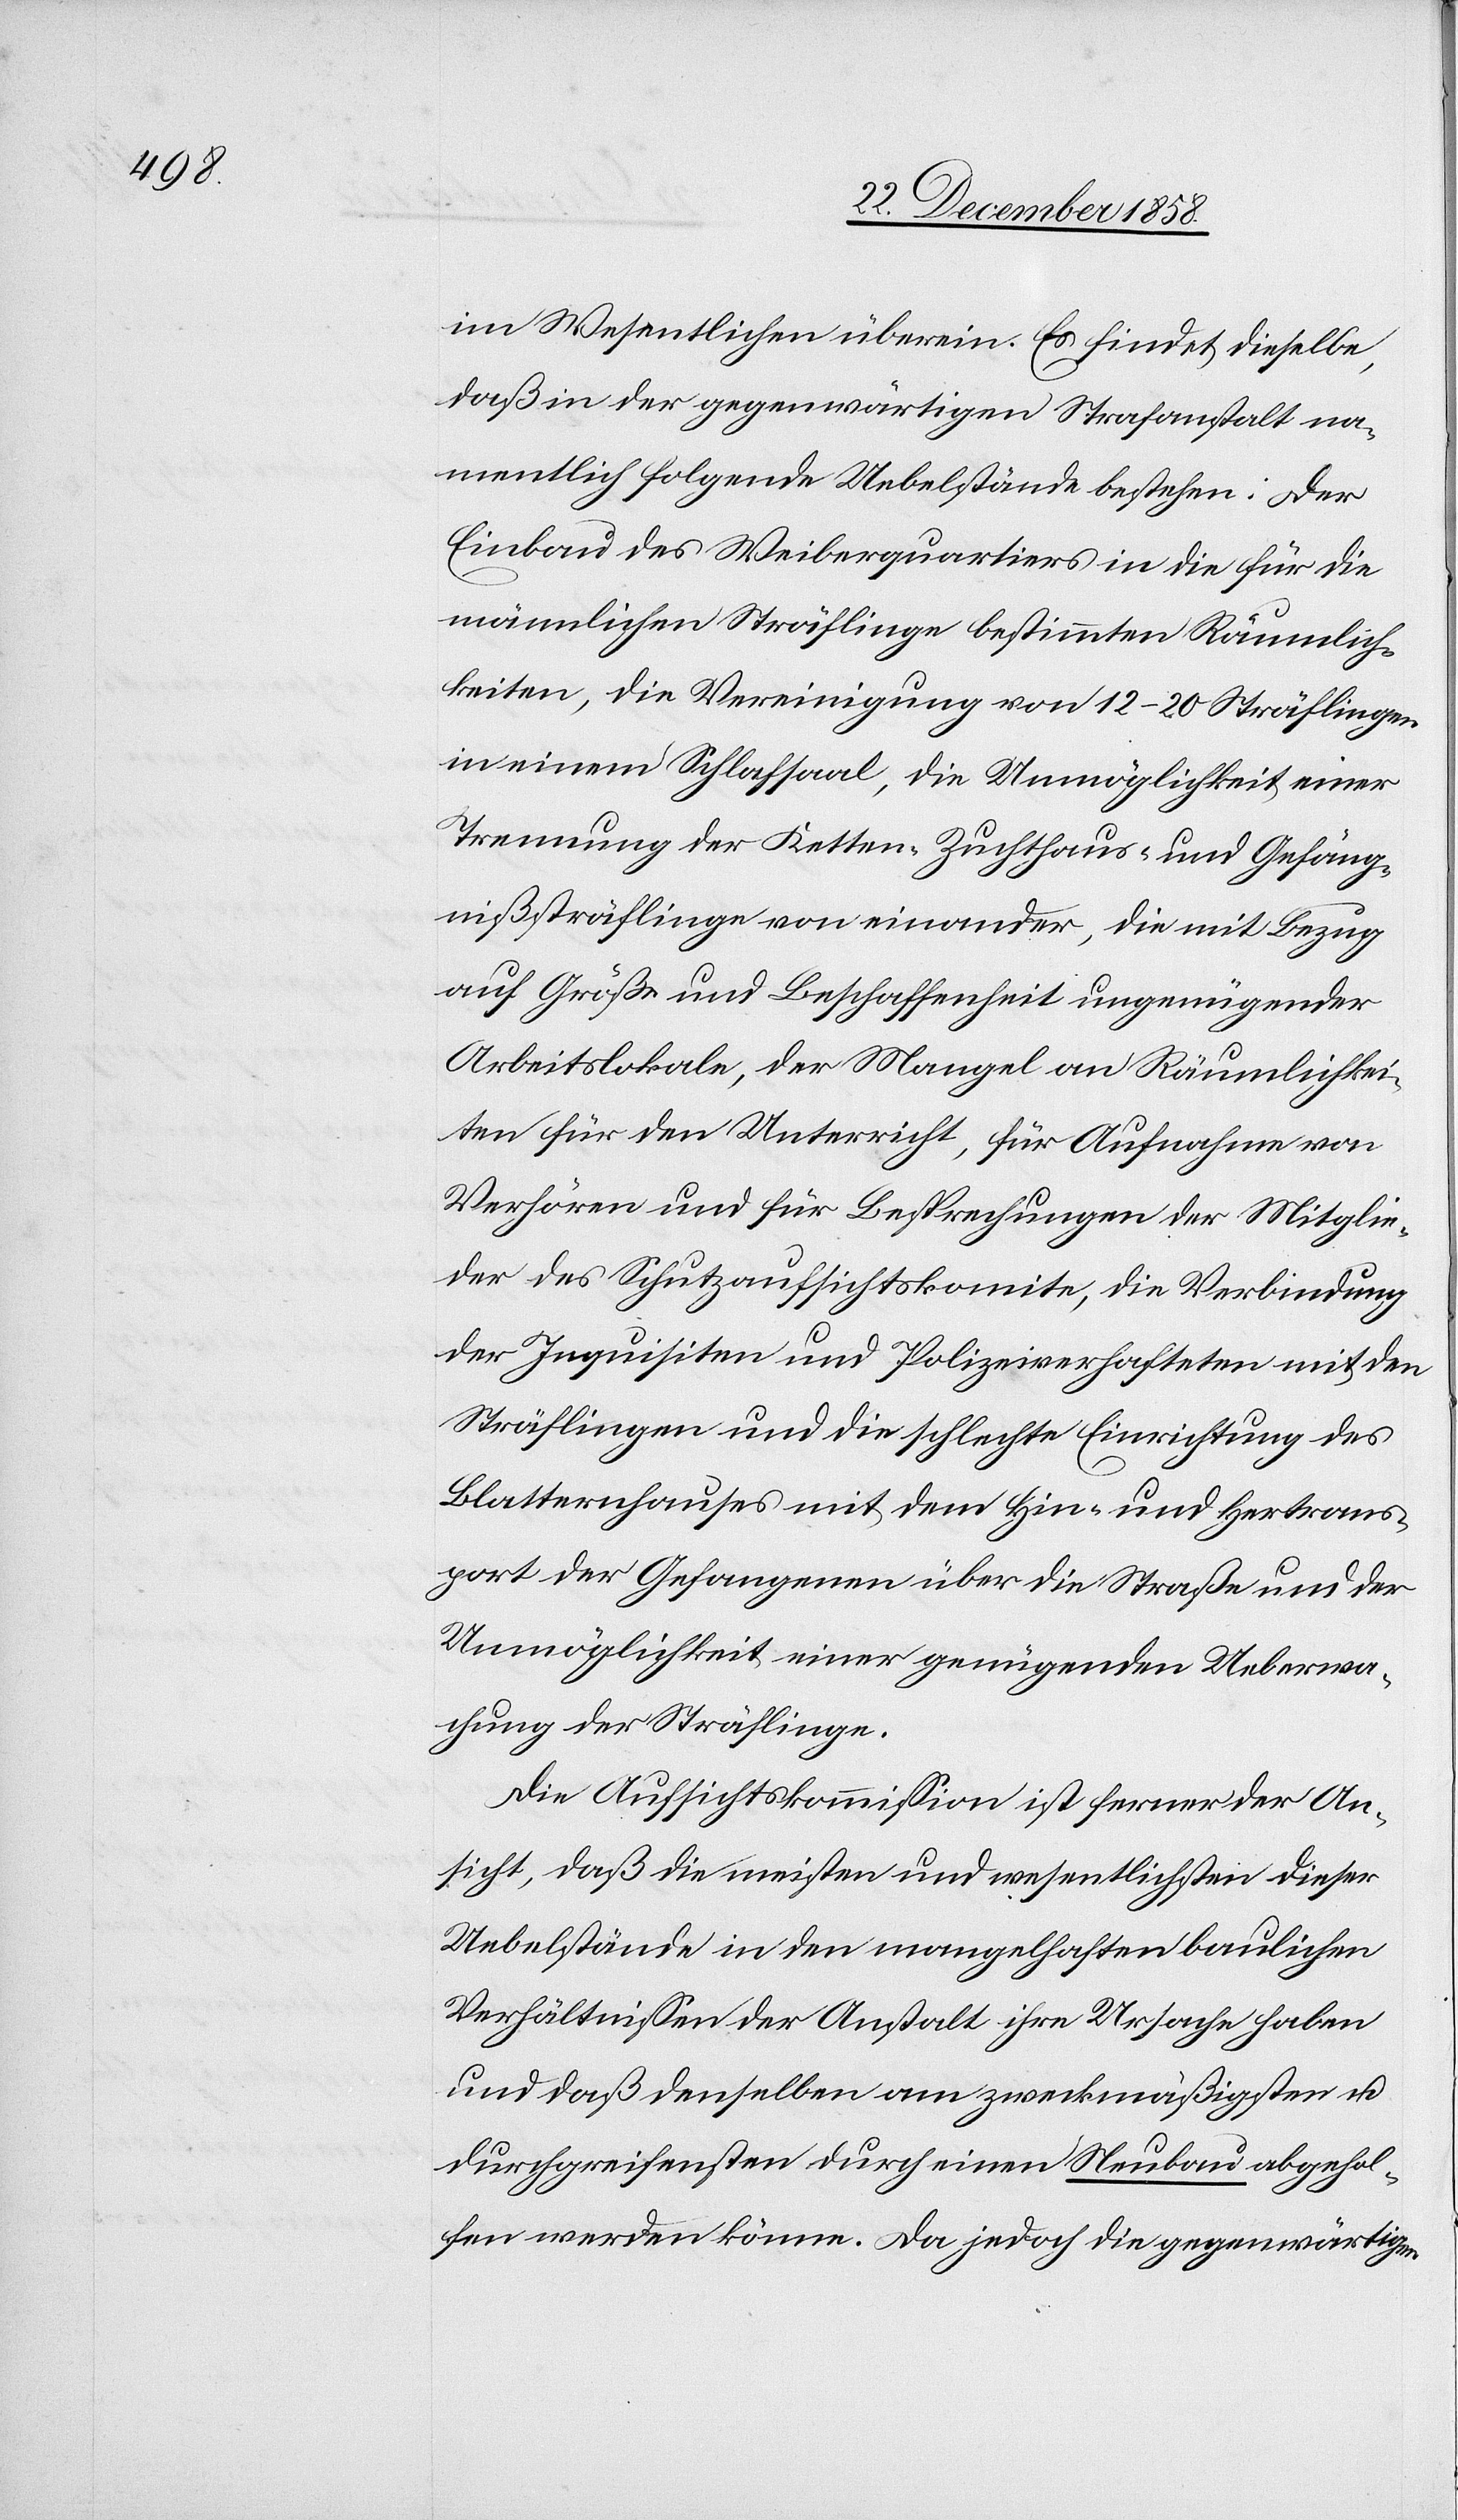
im Wesentlichen überein. Es findet dieselbe,
daß in der gegenwärtigen Strafanstalt na¬
mentlich folgende Uebelstände bestehen: Der
Einbau des Weiberquartiers in die für die
männlichen Sträflinge bestimmten Räumlich¬
keiten, die Vereinigung von 12–20 Sträflingen
in einem Schlafsaal, die Unmöglichkeit einer
Trennung der Ketten-[,] Zuchthaus- und Gefäng¬
nißsträflinge von einander, die mit Bezug
auf Größe und Beschaffenheit ungenügender
Arbeitslokale, der Mangel an Räumlichkei¬
ten für den Unterricht, für Aufnahme von
Verhören und für Besprechungen der Mitglie¬
der des Schutzaufsichtskomite, die Verbindung
der Inquisiten und Polizeiverhafteten mit den
Sträflingen und die schlechte Einrichtung des
Blatternhauses mit dem Hin- und Hertrans¬
port der Gefangenen über die Straße und der
Unmöglichkeit einer genügenden Ueberwa¬
chung der Sträflinge.
Die Aufsichtskommission ist ferner der An¬
sicht, daß die meisten und wesentlichsten dieser
Uebelstände in den mangelhaften baulichen
Verhältnissen der Anstalt ihre Ursache haben
und daß denselben am zweckmäßigsten u.
durchgreifensten durch einen Neubau abgehol¬
fen werden könne. Da jedoch die gegenwärtigen